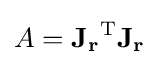
{\textstyle A=\mathbf {J_{r}} ^{\operatorname {T} }\mathbf {J_{r}} }